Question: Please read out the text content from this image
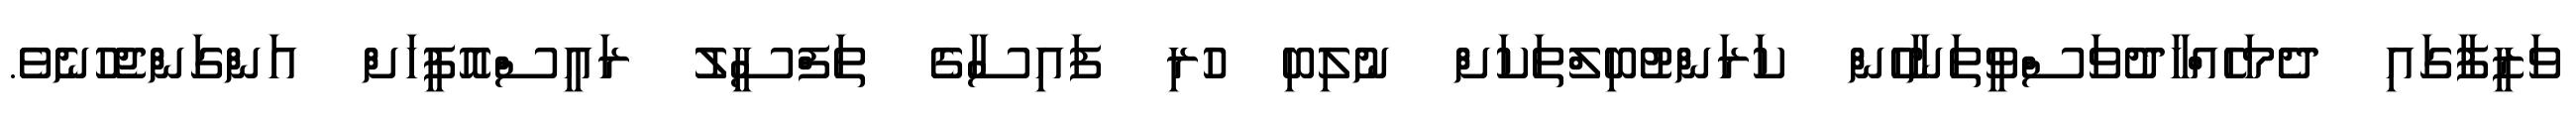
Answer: ވަޒީފާގައި ދެމަހެއްހާދުވަސްވީތަނާހެން ކަރަންޓުބިލްތަކަށް ނުލިބި ހުރި ފައިސާގެ ތަފްސީލު ރައީސްއޮފީހަށް އަންގަންޖެހުނެވެ.